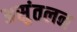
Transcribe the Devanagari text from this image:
असुंतलन